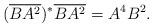
LaTeX: \begin{align*}(\overline{BA^2})^*\overline{BA^2}=A^4B^2.\end{align*}